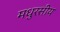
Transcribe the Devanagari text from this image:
मधुरसीय